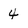
Character: 4